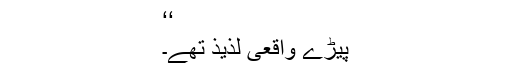
‘‘
پیڑے واقعی لذیذ تھے۔